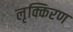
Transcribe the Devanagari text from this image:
लृक्किरण